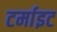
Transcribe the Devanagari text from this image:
टर्माइट